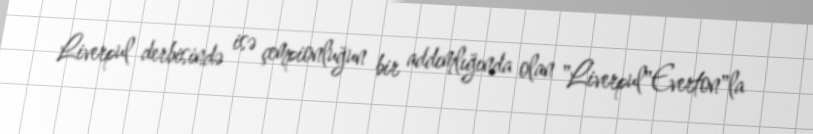
Liverpul derbisində isə çempionluğun bir addımlığında olan "Liverpul"Everton"la